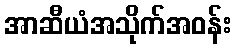
အာဆီယံအသိုက်အဝန်း